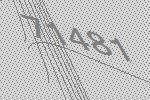
71481